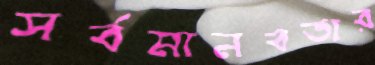
সর্বমানবতার